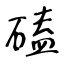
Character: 磕